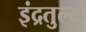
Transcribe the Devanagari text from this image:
इंद्रतुल्य